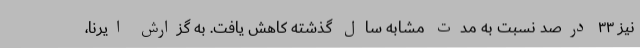
نیز ۳۳ درصد نسبت به مدت مشابه سال گذشته کاهش یافت. به گزارش ایرنا،